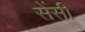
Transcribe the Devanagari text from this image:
सेंसी